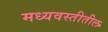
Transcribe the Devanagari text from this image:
मध्यवस्तीतील